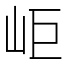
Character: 岠